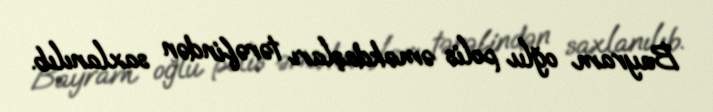
Bayram oğlu polis əməkdaşları tərəfindən saxlanılıb.